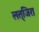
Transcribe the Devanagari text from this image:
लत्‌जिरा